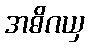
အဓိဂယှ